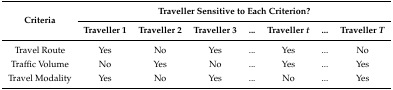
| <ROWSPAN=2> Criteria | <COLSPAN=7> Traveller Sensitive to Each Criterion? |
 | Traveller 1 | Traveller 2 | Traveller 3 | ... | Traveller t | ... | Traveller T |
 | --- | --- | --- | --- | --- | --- | --- | --- |
 | Travel Route | Yes | No | Yes | ... | Yes | ... | No |
 | Traffic Volume | No | Yes | No | ... | Yes | ... | Yes |
 | Travel Modality | Yes | No | Yes | ... | No | ... | Yes |